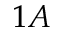
1 A